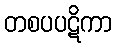
တစပပဋိကာ